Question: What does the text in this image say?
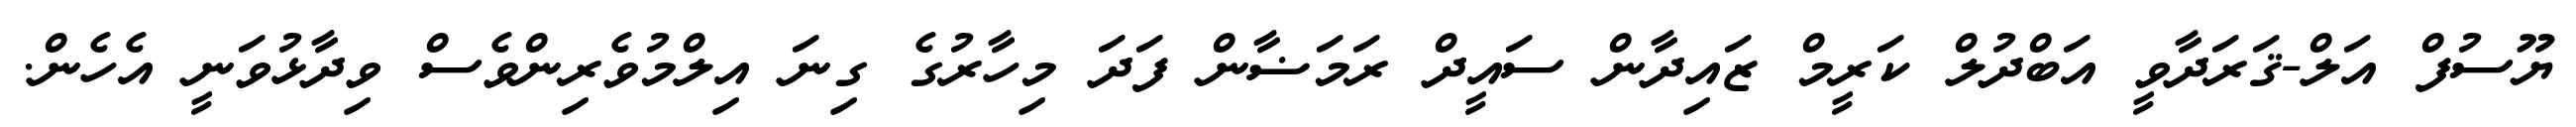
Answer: ޔޫސުފް އަލް-ޤަރަދާވީ އަބްދުލް ކަރީމް ޒައިދާން ސައީދް ރަމަޟާން ފަދަ މިހާރުގެ ގިނަ އިލްމުވެރިންވެސް ވިދާޅުވަނީ އެހެން.